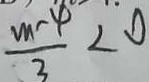
\frac { m - 4 } { 3 } < 0